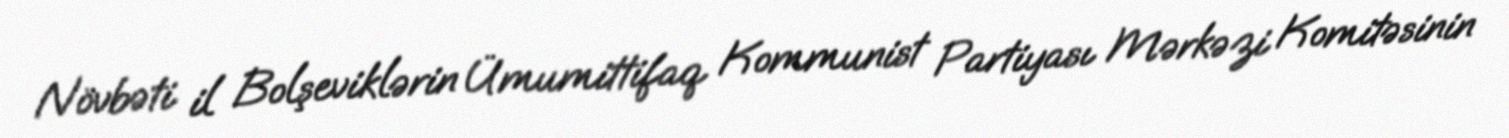
Növbəti il Bolşeviklərin Ümumittifaq Kommunist Partiyası Mərkəzi Komitəsinin